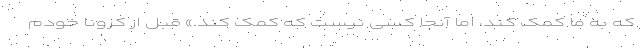
که به ما کمک کند، اما آنجا کسی نیست که کمک کند.» قبل از کرونا خودم